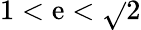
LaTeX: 1<\mathrm{e}<{\sqrt{}{{2}}}